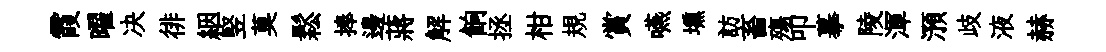
霞曜决徘絪竪莫鬆捧邊蔣解餉拯柑規賞嚥壎訪畜殤叩摹陵渾澦歧液赫